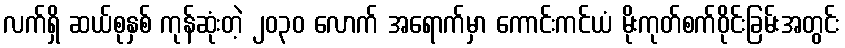
လက်ရှိ ဆယ်စုနှစ် ကုန်ဆုံးတဲ့ ၂၀၃၀ လောက် အရောက်မှာ ကောင်းကင်ယံ မိုးကုတ်စက်ဝိုင်းခြမ်းအတွင်း